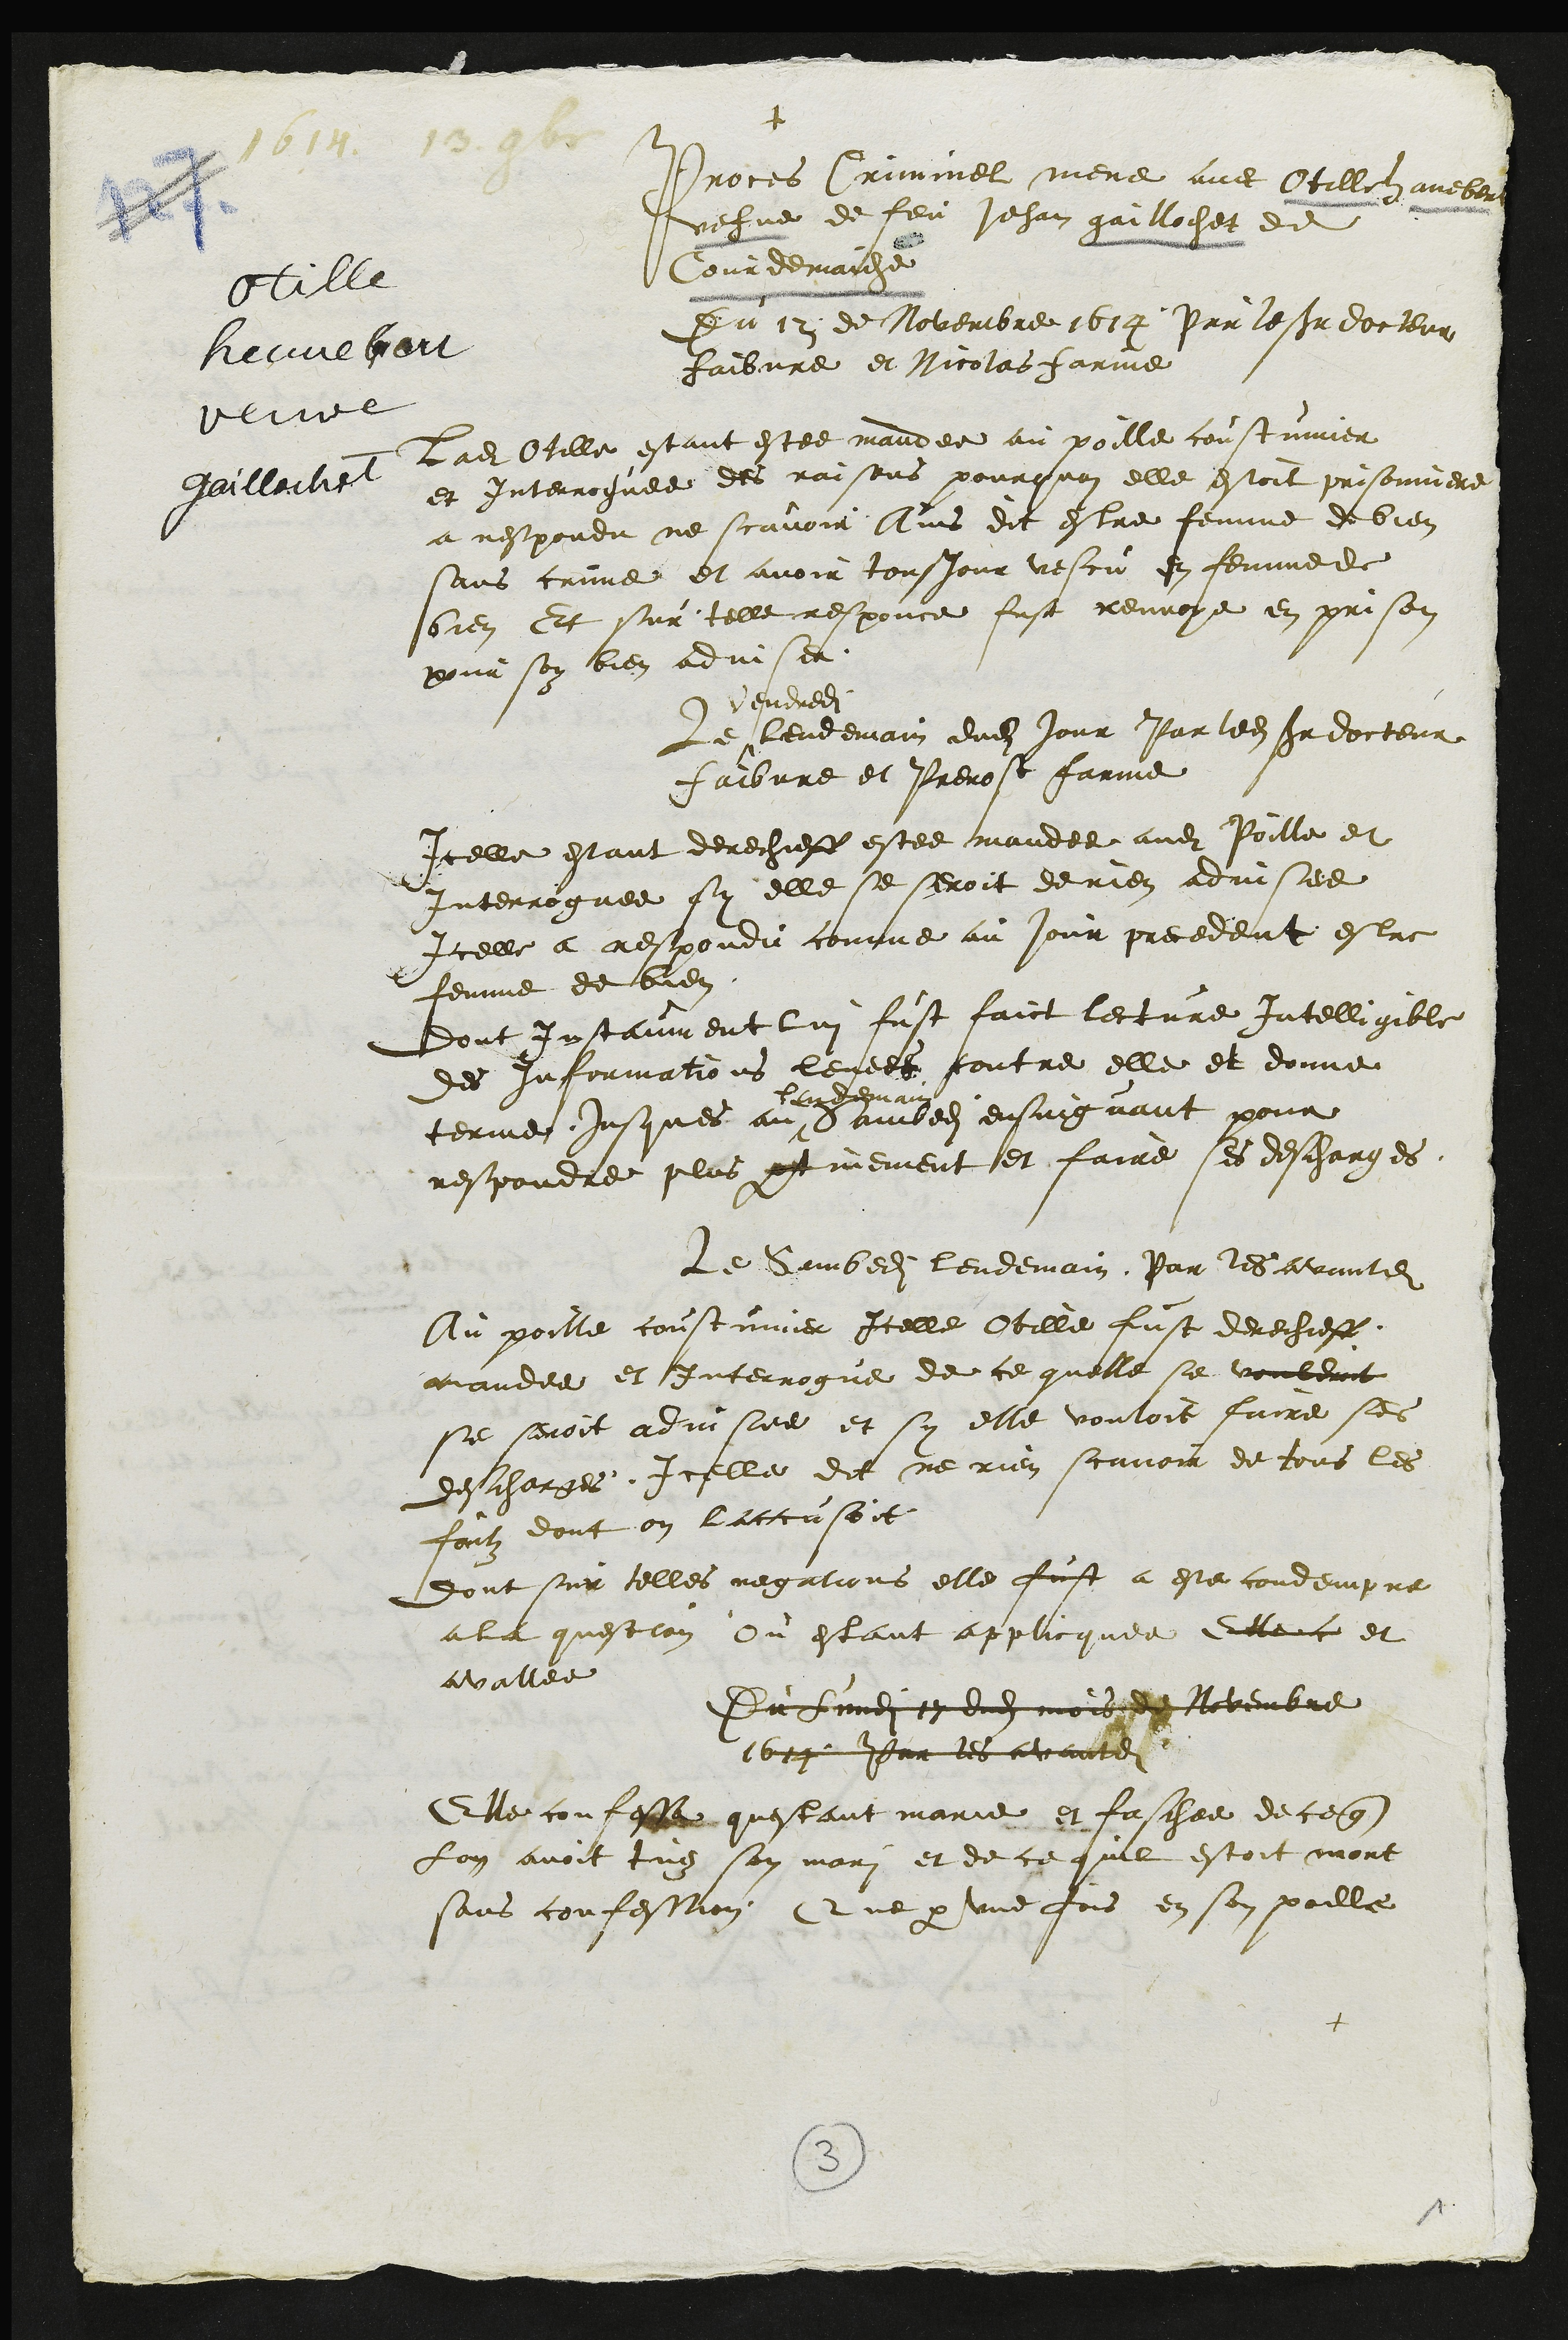
+
1614. 13. 9bre
Otille
hennebart
veuve
gaillochet
Proces Criminel mene avec Otille Hanebert
vefve de feu Jehan gaillochet de
Courdemaiche
Du 12 de Novembre 1614 Par le sieur docteur
faibvre et Nicolas farine
ladite Otille estant estee mandee au poille coustumier
et Interroguee des raisons pourquoi elle estoit prisonniere
a respondu ne scavoir Ains dit estre femme de bien
sans crime et avoir tousjour vescu en femme de
bien Et sur telle responce fust renvoye en prison
pour soy bien adviser
Vendredi
Le lendemain dudit jour Par ledit sieur docteur
faibvre et Prevost farine
Icelle estant derechieff estee mandee audit Poille et
Interroguee sy elle se seroit de rien advisee
Icelle a respondu comme au jour precedent estre
femme de bien
dont Instaument lui fust faict lecture Intelligible
des informations levees contre elle et donne
terme jusques au #
lendemain
Sambedi ensuiguant pour
respondre plus pertinement et faire ses deschargees
Le Sambedi lendemain Par les avantdits
Au poille coustumier Icelle Otille fust derechieff
mandee et Interrogue de ce quelle se vouleroit
se seroit advisee et sy elle vouloit faire ses
deschargees Icelle dit ne rien scavoir de tous les
faitz dont on laccusoit
dont sur telles negations elle fust a este condempne
a la question Ou estant applicquee Elle c et
avallee
Du lundi 17 dudit mois de Novembre
1614 Par les avantdits
Elle confesse questant marie et faschee de ce que
Lon avoit tuez son mari et de ce quil estoit mort
sans confession Que par une fois en son poille